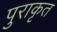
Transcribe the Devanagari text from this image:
पुराकृत